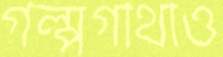
গল্পগাথাও